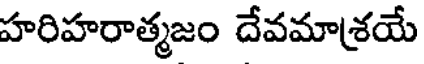
హరిహరాత్మజం దేవమాశ్రయే